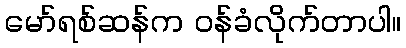
မော်ရစ်ဆန်က ဝန်ခံလိုက်တာပါ။